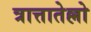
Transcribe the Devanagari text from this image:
त्रात्तातेल्लो